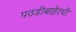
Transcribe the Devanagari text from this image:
पठडीबाहेरची